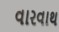
વારવાથ